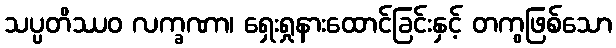
သပ္ပတိဿဝ လက္ခဏာ၊ ရှေးရှုနားထောင်ခြင်းနှင့် တကွဖြစ်သော